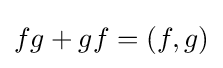
fg+gf=(f,g)